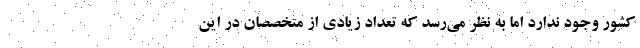
کشور وجود ندارد اما به نظر می‌رسد که تعداد زیادی از متخصصان در این